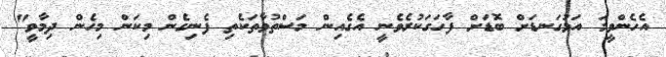
އެެހެންވީމަ އަޅުގަނޑަށް ބޮޑަށް ފާހަގަކުރެވެނީ އެގެއިން މަސްތުވާތަކެތި ފެނިގެން މިކަން މިހެން ދިމާވީ"